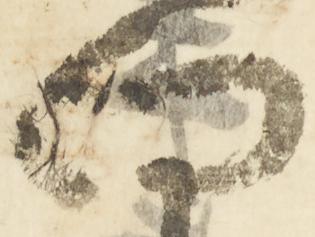
向